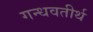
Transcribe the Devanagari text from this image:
गन्धवतीर्थ